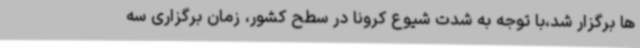
ها برگزار شد،با توجه به شدت شیوع کرونا در سطح کشور، زمان برگزاری سه